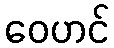
ဝေဟင်